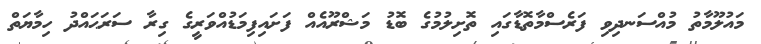
މައުލޫމާތު މުއްސަނދިވި ފަރެސްމާތޮޑާގައި ތޮށިލުމުގެ ބޮޑު މަޝްރޫއެއް ފަށައިފިމަޑުއްވަރީގެ ގިރާ ސަރަޙައްދު ހިމާޔަތް